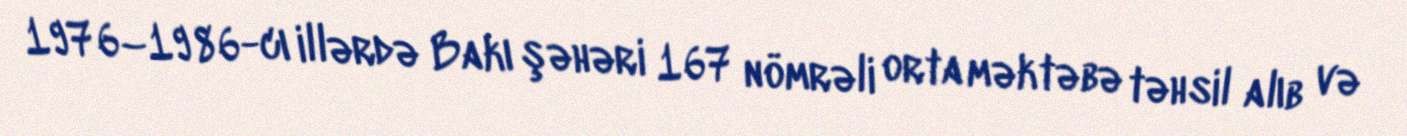
1976–1986-cı illərdə Bakı şəhəri 167 nömrəli orta məktəbə təhsil alıb və